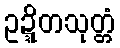
ဥဍ္ဍိတသုတ္တံ